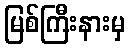
မြစ်ကြီးနားမှ